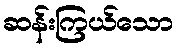
ဆန်းကြယ်သော